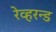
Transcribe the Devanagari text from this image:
रेव्हरन्ड